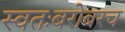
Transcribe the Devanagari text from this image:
स्वतःबरोबरच